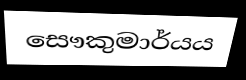
සෞකුමාර්යය